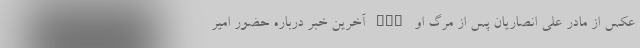
عکس از مادر علی انصاریان پس از مرگ او nan آخرین خبر درباره حضور امیر